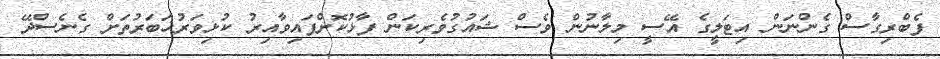
ފެބްރިގާސް ގެންނަން އިޓަލީގެ އޭސީ މިލާނުން ވެސް ޝައުގުވެރިކަން ފާޅުކޮށްފައިވާއިރު ކުޅިވަރުޚަބަރުތަށް ގެނެސްދޭ